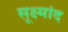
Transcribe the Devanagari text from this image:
सूक्ष्मांद